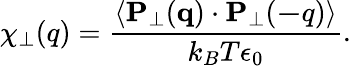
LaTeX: \chi_{\perp}(q)=\frac{\langle{\mathbf P}_{\perp}({\mathbf q})\cdot{\mathbf P}_{\perp}({\mathbf-q})\rangle}{k_{B}T\epsilon_{0}}.